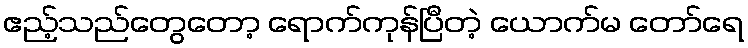
ဧည့်သည်တွေတော့ ရောက်ကုန်ပြီတဲ့ ယောက်မ တော်ရေ